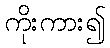
ကိုးကား၍